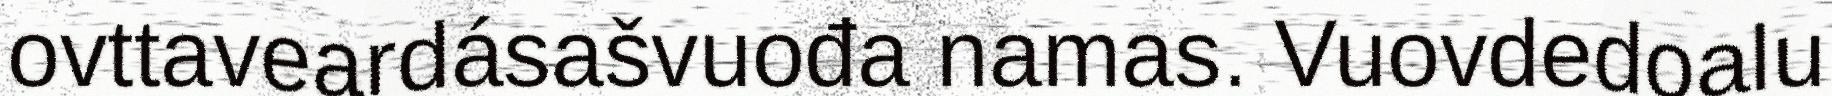
ovttaveardásašvuođa namas. Vuovdedoalu